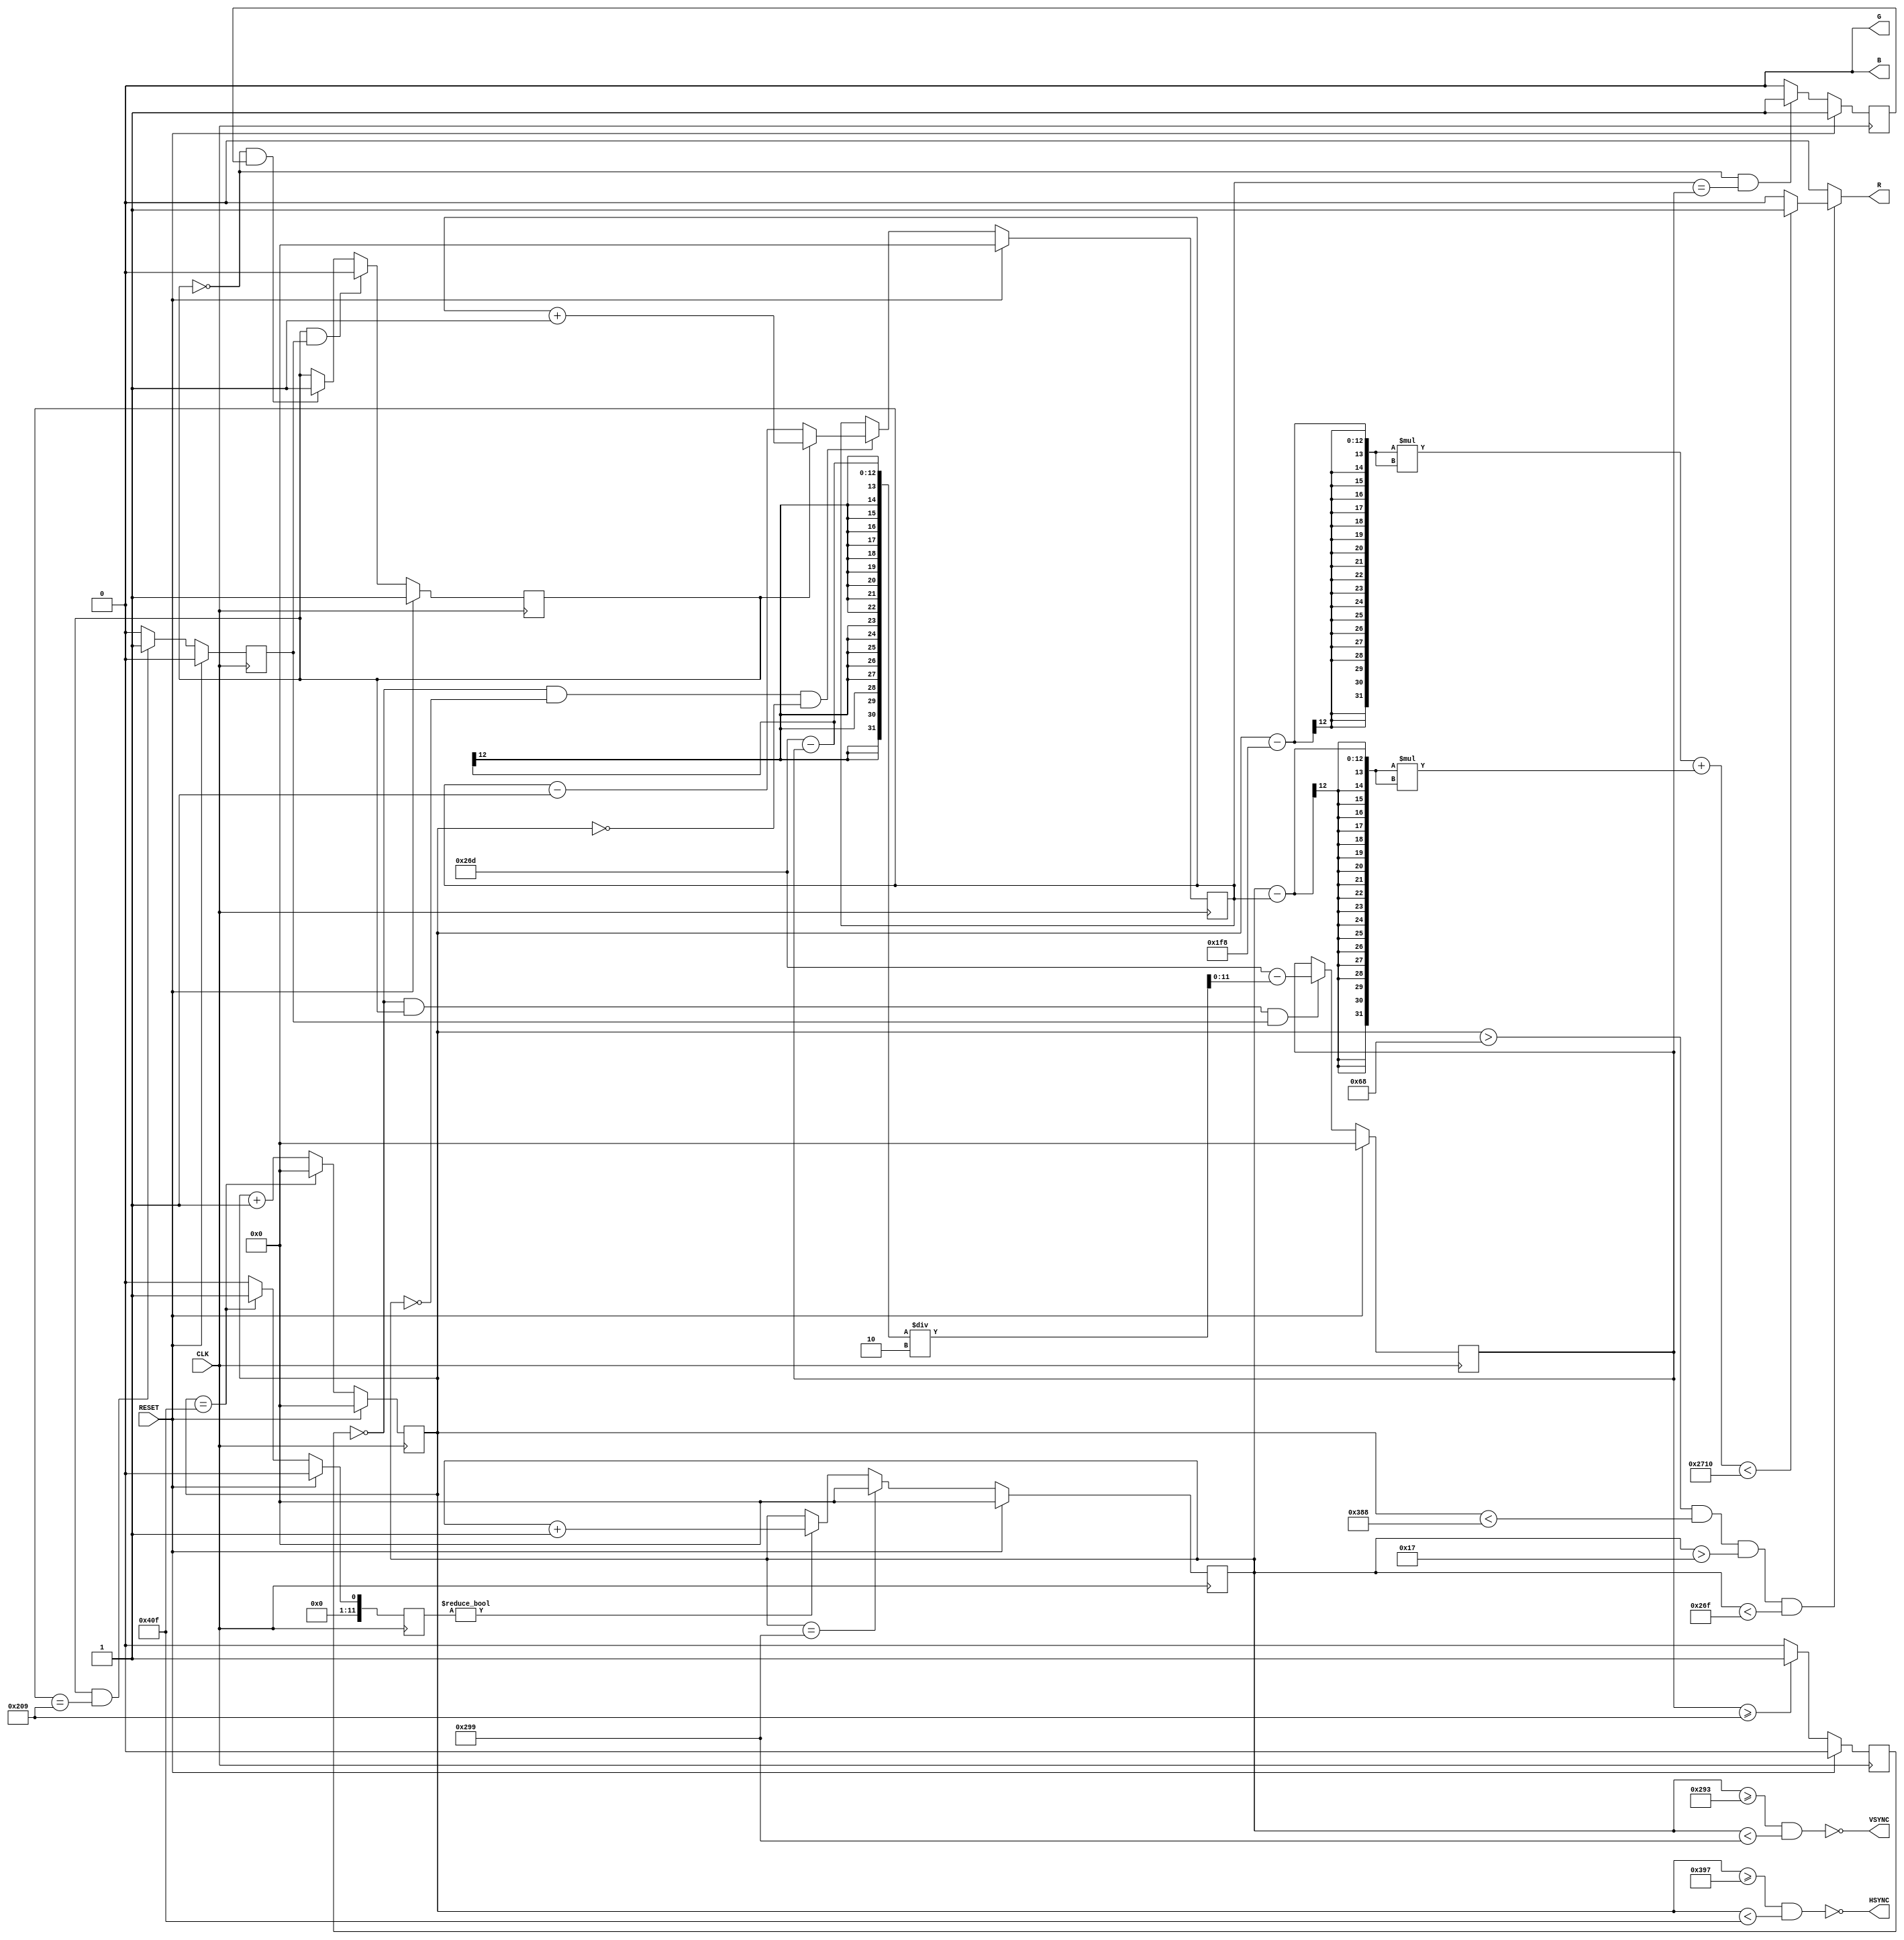
`timescale 1ns / 1ps
`define RADIUS  100
`define SCR_Y 621
`define BALL_X 504

module top(CLK, RESET, HSYNC, VSYNC, R, G, B);
	 
    input           CLK, RESET;
    output  wire    HSYNC, VSYNC, R, G, B;

    reg     [11:0]  V_CNT, V_INC, H_CNT, BALL_Y;
    wire            VISIBLE;
    wire    [31:0]  DIS;

    reg             DROP, STOP, TOUCH_T, TOUCH_G;
    reg     [11:0]  END_Y;
    
    assign HSYNC = ~( (V_CNT >= 919) & (V_CNT < 1039) );
    assign VSYNC = ~( (H_CNT >= 659) & (H_CNT < 665) );
    assign VISIBLE = ( (V_CNT > 104) & (V_CNT < 904) & (H_CNT > 23) & (H_CNT < 623) );
    assign DIS = (V_CNT - `BALL_X) * (V_CNT - `BALL_X) + (H_CNT - BALL_Y) * (H_CNT - BALL_Y);

    // color
    assign R = ( (VISIBLE)? ((DIS < (`RADIUS * `RADIUS))? 1: 0): 0 );
    assign G = ( (VISIBLE)? ((DIS < (`RADIUS * `RADIUS))? 0: 0): 0 );
    assign B = ( (VISIBLE)? ((DIS < (`RADIUS * `RADIUS))? 0: 0): 0 );
    
    // V_CNT
    always@(posedge CLK) begin
        if (RESET) V_CNT <= 0;
        else if (V_CNT == 1039) V_CNT <=0;
        else V_CNT <= V_CNT + 1;
    end

    // V_INC
    always@(posedge CLK) begin
        if (RESET) V_INC <= 0;
        else if (V_CNT == 1039) V_INC <= 1;
        else V_INC <= 0;
    end
    
    // H_CNT
    always@(posedge CLK) begin
        if (RESET) H_CNT <=0;
        else if (H_CNT == 665) H_CNT <=0;
        else if (V_INC) H_CNT <= H_CNT + 1;
        else H_CNT <= H_CNT;
    end

    //DROP
    always@(posedge CLK) begin
        if (RESET) DROP <= 1;
        else if (DROP & TOUCH_G) DROP <= 0;
        else if (!DROP & TOUCH_T) DROP <= 1;
        else DROP <= DROP;
    end

    //STOP
    always@(posedge CLK) begin
        if (RESET) STOP <= 0;
        else if (END_Y >= `SCR_Y - `RADIUS) STOP <= 1;
        else STOP <= 0;
    end
    
    // BALL_Y
    always@(posedge CLK) begin
        if (RESET) begin
            BALL_Y <= 11'd0;
        end
        else if (!STOP && H_CNT == 0 && V_CNT == 0) begin
            if (DROP) begin
                BALL_Y <= BALL_Y + 1;
            end
            else begin
                BALL_Y <= BALL_Y - 1;
            end
        end
        else begin
            BALL_Y <= BALL_Y;
        end
    end

    // TOUCH_T
    always@(posedge CLK) begin
        if (RESET) TOUCH_T <= 1;
        else if (!DROP & (BALL_Y == END_Y)) TOUCH_T <= 1;
        else TOUCH_T <= 0;
    end

    // TOUCH_G
    always@(posedge CLK) begin
        if (RESET) TOUCH_G <= 0;
        else if (DROP & (BALL_Y == `SCR_Y - `RADIUS)) TOUCH_G <= 1;
        else TOUCH_G <= 0;
    end

    // END_Y
    always@(posedge CLK) begin
        if (RESET) begin 
            END_Y <= 11'd0;
        end
        else if (!STOP & DROP & TOUCH_G) begin
            END_Y <= `SCR_Y - (`SCR_Y - END_Y) / 2;
        end
        else begin
            END_Y <= END_Y;
        end
    end
    
endmodule